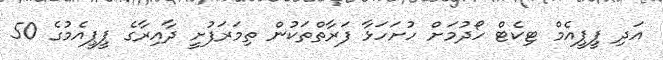
އަދި ޕީޕީއެމް ޓިކެޓް ހޯދުމަށް ހުށަހަޅާ ފަރާތްތަކުން ތިމަރަފުށީ ދާއިރާގެ ޕީޕީއެމުގެ 50